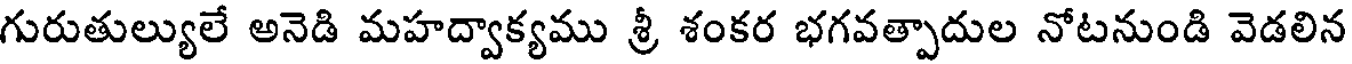
గురుతుల్యులే అనెడి మహద్వాక్యము శ్రీ శంకర భగవత్పాదుల నోటనుండి వెడలిన